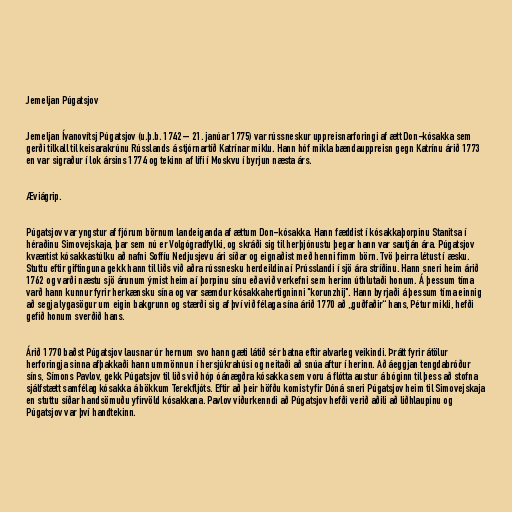
Jemeljan Púgatsjov

Jemeljan Ívanovítsj Púgatsjov (u.þ.b. 1742 – 21. janúar 1775) var rússneskur uppreisnarforingi af ætt Don-kósakka sem
gerði tilkall til keisarakrúnu Rússlands á stjórnartíð Katrínar miklu. Hann hóf mikla bændauppreisn gegn Katrínu árið 1773
en var sigraður í lok ársins 1774 og tekinn af lífi í Moskvu í byrjun næsta árs.

Æviágrip.

Púgatsjov var yngstur af fjórum börnum landeiganda af ættum Don-kósakka. Hann fæddist í kósakkaþorpinu Stanitsa í
héraðinu Simovejskaja, þar sem nú er Volgógradfylki, og skráði sig til herþjónustu þegar hann var sautján ára. Púgatsjov
kvæntist kósakkastúlku að nafni Soffíu Nedjusjevu ári síðar og eignaðist með henni fimm börn. Tvö þeirra létust í æsku.
Stuttu eftir giftinguna gekk hann til liðs við aðra rússnesku herdeildina í Prússlandi í sjö ára stríðinu. Hann sneri heim árið
1762 og varði næstu sjö árunum ýmist heima í þorpinu sínu eða við verkefni sem herinn úthlutaði honum. Á þessum tíma
varð hann kunnur fyrir herkænsku sína og var sæmdur kósakkahertigninni "korunzhij". Hann byrjaði á þessum tíma einnig
að segja lygasögur um eigin bakgrunn og stærði sig af því við félaga sína árið 1770 að „guðfaðir“ hans, Pétur mikli, hefði
gefið honum sverðið hans.

Árið 1770 baðst Púgatsjov lausnar úr hernum svo hann gæti látið sér batna eftir alvarleg veikindi. Þrátt fyrir átölur
herforingja sinna afþakkaði hann ummönnun í hersjúkrahúsi og neitaði að snúa aftur í herinn. Að áeggjan tengdabróður
síns, Símons Pavlov, gekk Púgatsjov til liðs við hóp óánægðra kósakka sem voru á flótta austur á bóginn til þess að stofna
sjálfstætt samfélag kósakka á bökkum Terekfljóts. Eftir að þeir höfðu komist yfir Dóná sneri Púgatsjov heim til Simovejskaja
en stuttu síðar handsömuðu yfirvöld kósakkana. Pavlov viðurkenndi að Púgatsjov hefði verið aðili að liðhlaupinu og
Púgatsjov var því handtekinn.